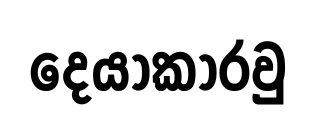
දෙයාකාරවු